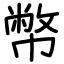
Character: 幣